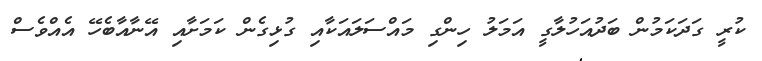
ކުރީ ގަދަކަމުން ބަދުއަހުލާގީ އަމަލު ހިންގި މައްސަލައަކާއި ގުޅިގެން ކަމަށާއި އޭނާއާބެހޭ އެއްވެސް